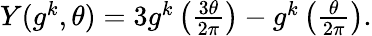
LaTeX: \begin{array}{r}{Y(g^{k},\theta)=3g^{k}\left(\frac{3\theta}{2\pi}\right)-g^{k}\left(\frac{\theta}{2\pi}\right).}\end{array}